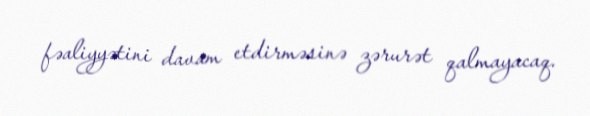
fəaliyyətini davam etdirməsinə zərurət qalmayacaq.